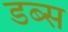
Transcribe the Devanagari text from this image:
डब्स